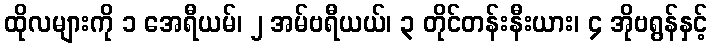
ထိုလများကို ၁ အေရီယမ်၊ ၂ အမ်ဗရီယယ်၊ ၃ တိုင်တန်းနီးယား၊ ၄ အိုဗရွန်နှင့်